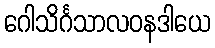
ဂေါသိင်္ဂသာလဝနဒါယေ